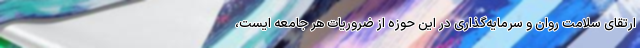
ارتقای سلامت روان و سرمایه‌گذاری در این حوزه از ضروریات هر جامعه ایست،